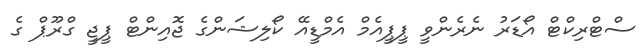
ސްޓްރިކްޓް އޯޑަރު ނެރެންވީ ޕީޕީއެމް އެމްޑީއޭ ކޯލިޝަންގެ ޖޮއިންޓް ޕީޖީ ގްރޫޕް ގެ